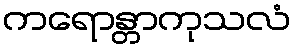
ကရောန္တာကုသလံ